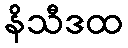
နိသီဒထ